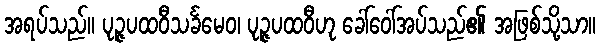
အရပ်သည်။ ပုဉ္ဇပထဝီသင်္ခမေဝ၊ ပုဉ္ဇပထဝီဟု ခေါ်ဝေါ်အပ်သည်၏ အဖြစ်သို့သာ။